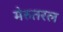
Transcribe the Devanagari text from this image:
मेरुतरल